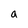
Character: a